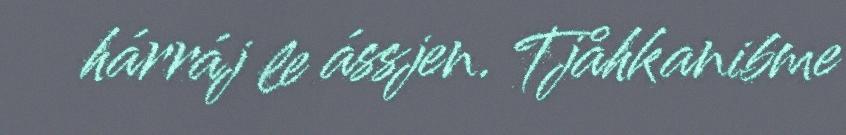
hárráj le ássjen. Tjåhkanibme